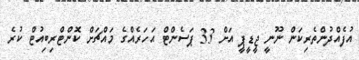
އުފެއްދުންތެރިކަން ނޫނީ ޖީޑީޕީ އަށް 33 ޕަސެންޓް އަހަރެއްގެ މައްޗަށް ކޮންޓްރިބިއުޓް ކުރެ